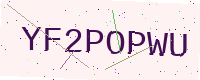
Text: YF2POPWU